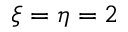
\xi = \eta = 2